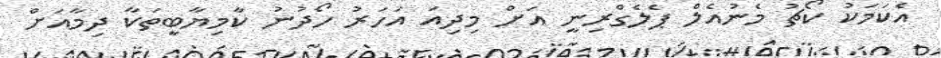
އެކަމަކު ކޯޗު މެނުއެލް ޕެލެގްރިނީ އަށް މިދިއަ އަހަރު ހޯދުނު ކާމިޔާބީތަކާ ދިމާއަށް